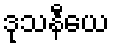
ဒုသနီယေ